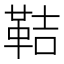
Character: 鞊